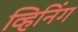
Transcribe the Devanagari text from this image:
व्हिनिंग